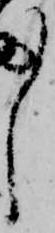
し